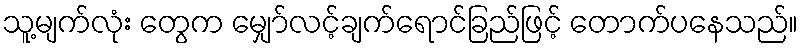
သူ့မျက်လုံး တွေက မျှော်လင့်ချက်ရောင်ခြည်ဖြင့် တောက်ပနေသည်။